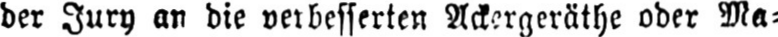
der Jury an die verbesserten Ackergeräthe oder Ma⸗